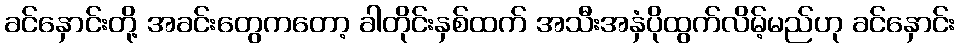
ခင်နှောင်းတို့ အခင်းတွေကတော့ ခါတိုင်းနှစ်ထက် အသီးအနှံပိုထွက်လိမ့်မည်ဟု ခင်နှောင်း